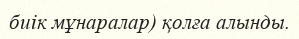
биік мұнаралар) қолға алынды.